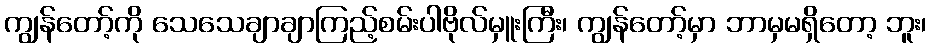
ကျွန်တော့်ကို သေသေချာချာကြည့်စမ်းပါဗိုလ်မှူးကြီး၊ ကျွန်တော့်မှာ ဘာမှမရှိတော့ ဘူး၊